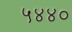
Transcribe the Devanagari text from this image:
५४४०